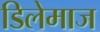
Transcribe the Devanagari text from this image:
डिलेमाज